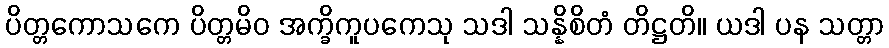
ပိတ္တကောသကေ ပိတ္တမိဝ အက္ခိကူပကေသု သဒါ သန္နိစိတံ တိဋ္ဌတိ။ ယဒါ ပန သတ္တာ